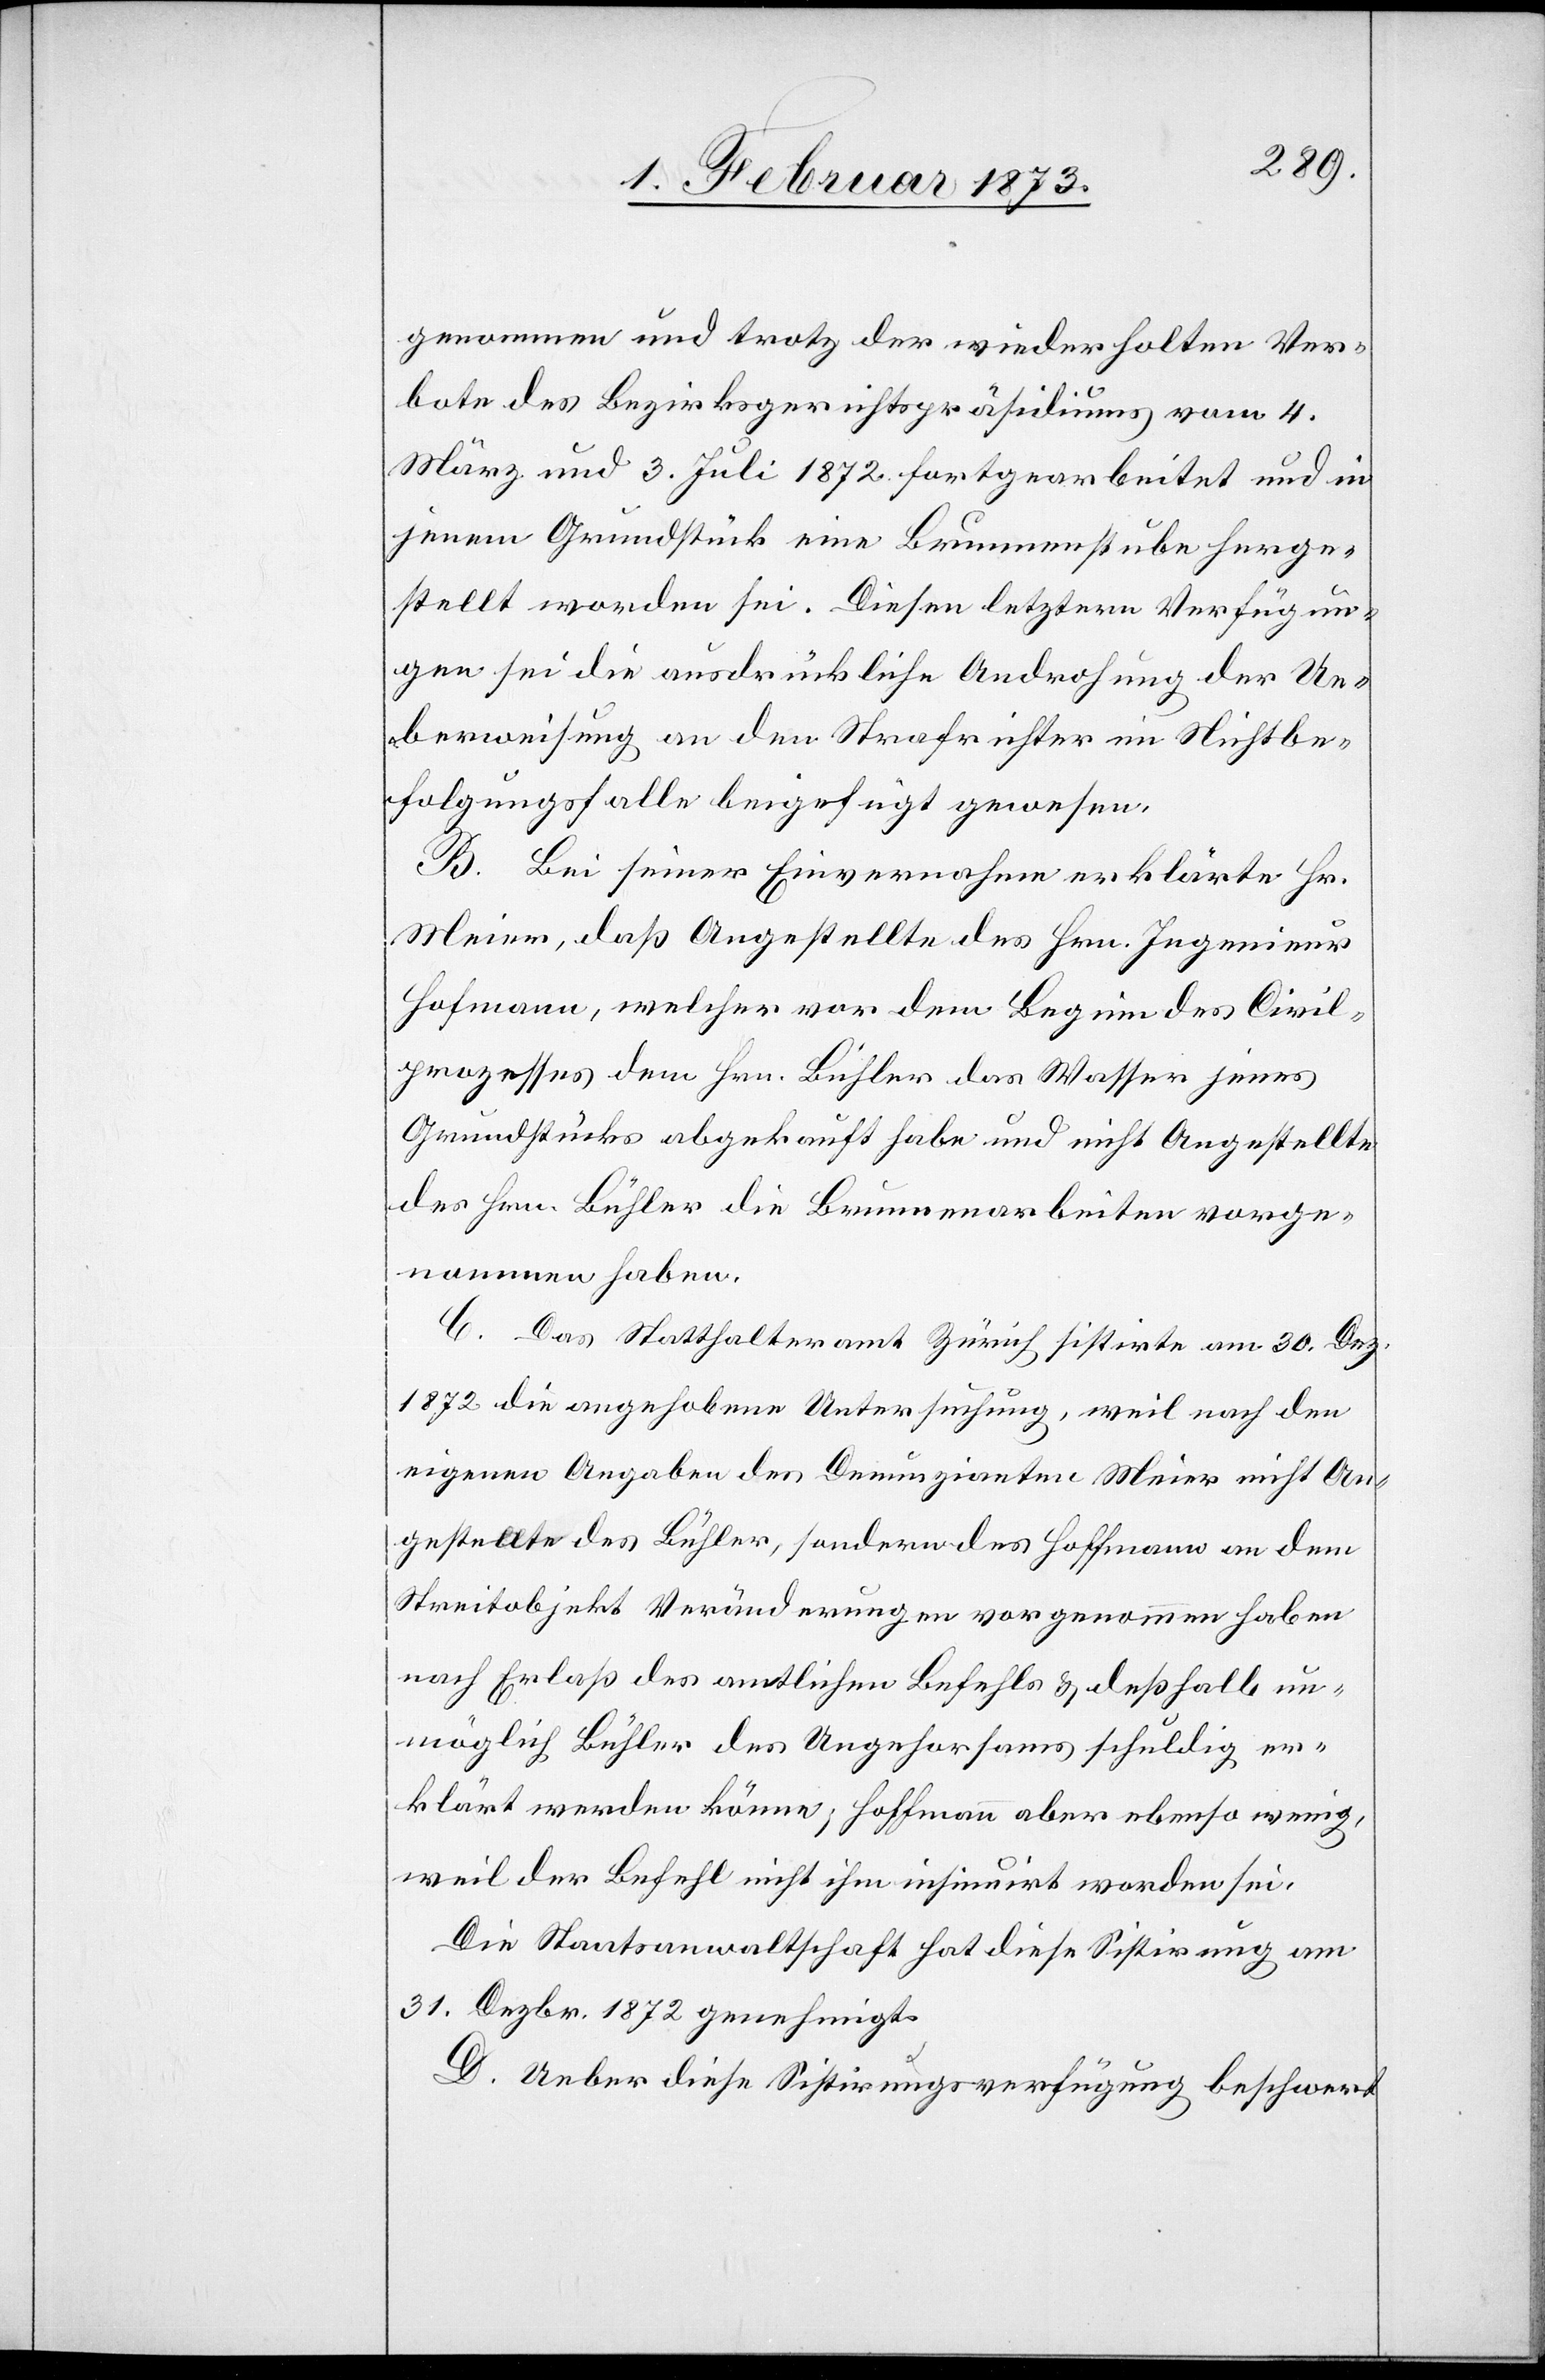
genommen und trotz der wiederholten Ver¬
bote des Bezirksgerichtspräsidiums vom 4.
März und 3. Juli 1872 fortgearbeitet und in
jenem Grundstück eine Brunnenstube herge¬
stellt worden sei. Diesen letztern Verfügun¬
gen sei die ausdrückliche Androhung der Ue¬
berweisung an den Strafrichter im Nichtbe¬
folgungsfalle beigefügt gewesen.
B. Bei seiner Einvernahme erklärte Hr.
Meier, daß Angestellte des Hrn. Ingenieur
Hofmann, welcher vor dem Beginn des Civil¬
prozesses dem Hrn. Bühler das Wasser jenes
Grundstücks abgekauft habe und nicht Angestellte
des Hrn. Bühler die Brunnenarbeiten vorge¬
nommen haben.
C. Das Statthalteramt Zürich sistirte am 30. Dez.
1872 die angehobene Untersuchung, weil nach den
eigenen Angaben des Denunzianten Meier nicht An¬
gestellte des Bühler, sondern des Hoffmann [sic!] an dem
Streitobjekt Veränderungen vorgenommen haben
nach Erlaß des amtlichen Befehls u. deßhalb un¬
möglich Bühler des Ungehorsams schuldig er¬
klärt werden könne; Hoffmann aber ebenso wenig,
weil der Befehl nicht ihm insinuirt worden sei.
Die Staatsanwaltschaft hat diese Sistirung am
31. Dezbr. 1872 genehmigt.
D. Ueber diese Sistirungsverfügung beschwert